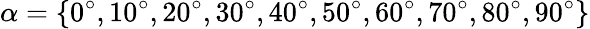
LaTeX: \alpha=\{ 0^{\circ},10^{\circ},20^{\circ},30^{\circ},40^{\circ},50^{\circ},60^{\circ},70^{\circ},80^{\circ},90^{\circ}\}